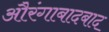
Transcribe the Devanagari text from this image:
औरंगाबादबाद